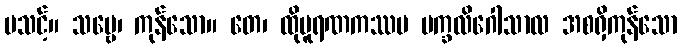
မသင့်။ သဗ္ဗေ၊ ကုန်သော။ တေ၊ ထိုပူရဏကဿပ မက္ခလိဂေါသာလ အစရှိကုန်သော